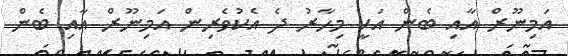
އަމިނޫރް އާއި ބެން އަކީ މިހާރު ދެ އެކުވެރިން އަމިނޫރް އާއި ބެން